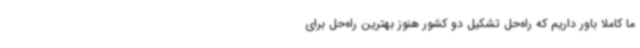
ما کاملا باور داریم که راه‌حل تشکیل دو کشور هنوز بهترین راه‌حل برای